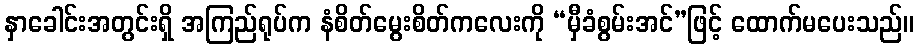
နှာခေါင်းအတွင်းရှိ အကြည်ရုပ်က နံစိတ်မွေးစိတ်ကလေးကို “မှီခံစွမ်းအင်”ဖြင့် ထောက်မပေးသည်။